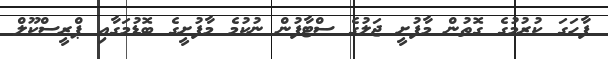
ފާހަގަ ކުރުމުގެ ގޮތުން މާފުށީ ޖަލުގެ ސްޓާފުން ނުކުމެ މާފުށީގެ ބޮޑުމަގާއި ޕްރީސްކޫލް